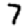
Digit: 7